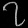
Digit: ၇